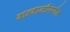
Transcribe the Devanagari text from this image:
कव्वालीपर्यंत